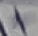
Text: +